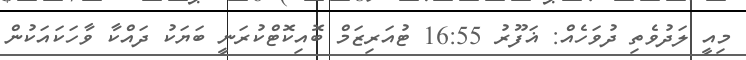
މިއީ ލަދުވެތި ދުވަހެއް: ޣަފޫރު 16:55 ޓުއަރިޒަމް ބޮއިކޮޓްކުރަނީ ބަޔަކު ދައްކާ ވާހަކައަކުން